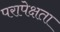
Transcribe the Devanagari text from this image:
परापेक्षता